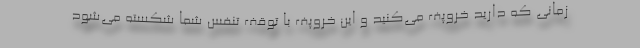
زمانی که دارید خروپف می‌کنید و این خروپف با توقف تنفس شما شکسته می‌شود